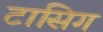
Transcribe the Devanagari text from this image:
टासिग